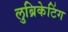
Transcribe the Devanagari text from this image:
लुब्रिकेटिंग